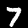
Digit: 7